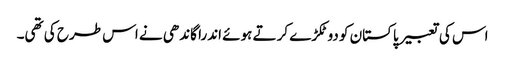
اس کی تعبیر پاکستان کو دو ٹکڑے کرتے ہوئے اندرا گاندھی نے اس طرح کی تھی۔